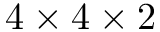
4 \times 4 \times 2